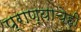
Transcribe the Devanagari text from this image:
प्राण्याचेही